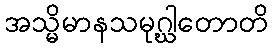
အသ္မိမာနသမုဂ္ဃါတောတိ